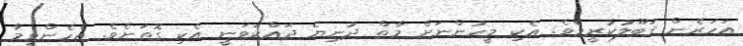
އަހަރެން ޤަބޫލުކުރީމެވެ. އެކި މީހުންނަށް މާތް ދުނިޔެ ދައްކަވަނީ އެކި ގޮތަށެވެ. އެހެންވީމާ